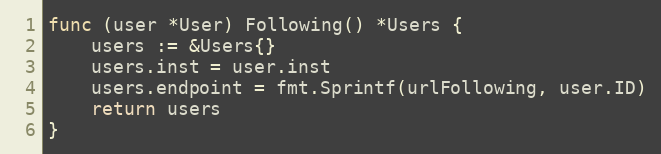
Language: Go
func (user *User) Following() *Users {
	users := &Users{}
	users.inst = user.inst
	users.endpoint = fmt.Sprintf(urlFollowing, user.ID)
	return users
}